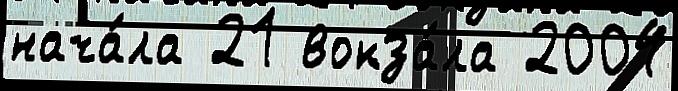
нача́ла 21 вокза́ла 2004